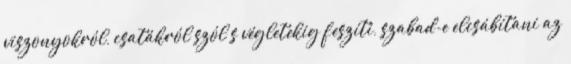
viszonyokról, csatákról szól s végletekig feszíti, szabad-e elcsábítani az